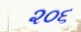
૨૦૬